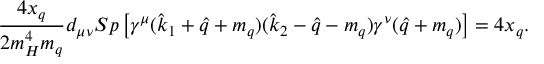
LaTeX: \frac { 4 x _ { q } } { 2 m _ { H } ^ { 4 } m _ { q } } d _ { \mu \nu } S p \left[ \gamma ^ { \mu } ( { \hat { k } _ { 1 } } + { \hat { q } } + m _ { q } ) ( { \hat { k } _ { 2 } } - { \hat { q } } - m _ { q } ) \gamma ^ { \nu } ( { \hat { q } } + m _ { q } ) \right] = 4 x _ { q } .